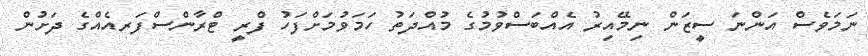
ނަމަވެސް އަންނަ ސީޒަން ނިމޭއިރު އެއްބަސްވުމުގެ މުއްދަތު ހަމަވުމަށްފަހު ފްރީ ޓްރާންސްފަރއެއްގެ ދަށުން